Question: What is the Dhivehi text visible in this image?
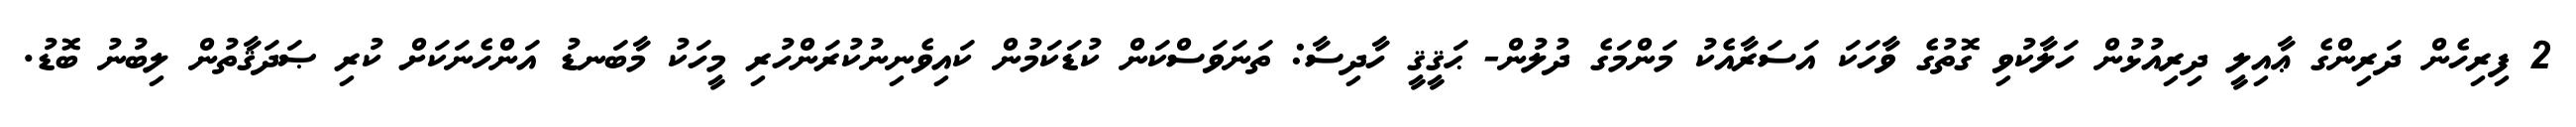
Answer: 2 ފިރިހެން ދަރިންގެ ޢާއިލީ ދިރިއުޅުން ހަލާކުވި ގޮތުގެ ވާހަކަ އަސަރާއެކު މަންމަގެ ދުލުން- ޙަޤީޤީ ހާދިސާ: ތަނަވަސްކަން ކުޑަކަމުން ކައިވެނިނުކުރަންހުރި މީހަކު މާބަނޑު އަންހެނަކަށް ކުރި ޞަދަޤާތުން ލިބުނު ބޮޑު.